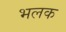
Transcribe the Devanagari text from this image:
भलक